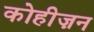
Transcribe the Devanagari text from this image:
कोहीज़न